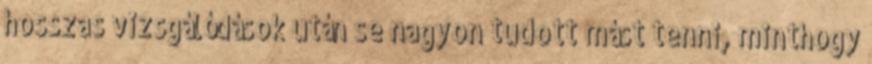
hosszas vizsgálódások után se nagyon tudott mást tenni, minthogy